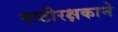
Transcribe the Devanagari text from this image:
यष्टीरक्षकाने